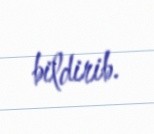
bildirib.